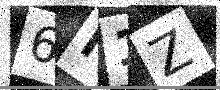
Text: 6I1Z